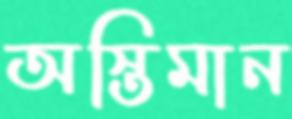
অস্তিমান